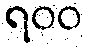
ရ၀၀